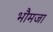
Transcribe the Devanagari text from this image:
भौमजा